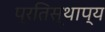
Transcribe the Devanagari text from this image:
प्रतिस्थाप्य